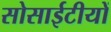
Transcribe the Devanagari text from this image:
सोसाईटीयों